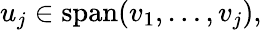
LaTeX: u_{j}\in\operatorname{span}(v_{1},\ldots,v_{j}),